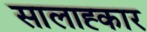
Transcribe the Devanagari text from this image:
सालाह्कार